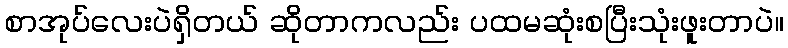
စာအုပ်လေးပဲရှိတယ် ဆိုတာကလည်း ပထမဆုံးစပြီးသုံးဖူးတာပဲ။